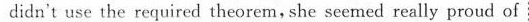
didn't use the required theorem, she seemed really proud of